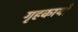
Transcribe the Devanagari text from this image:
गृहकार्यों